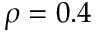
\rho = 0 . 4